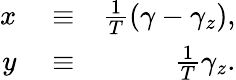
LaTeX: \begin{array}{rlr}{x}&{{}\equiv}&{\frac{1}{T}\left(\gamma-\gamma_{z}\right),}\\ {y}&{{}\equiv}&{\frac{1}{T}\gamma_{z}.}\end{array}